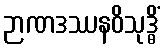
ဉာဏဒဿနဝိသုဒ္ဓိံ